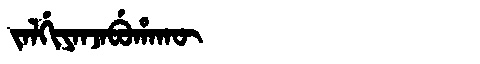
Manchu: ᠵᠠᠯᡤᡳᠶᠠᠨᠵᠠᠪᡠᡥᠠᡴᡡ
Romanization: JALGIYANJABUHAKŪ